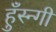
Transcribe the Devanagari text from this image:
हुँस्न्गी